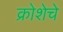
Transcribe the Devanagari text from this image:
क्रोशेचे